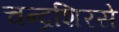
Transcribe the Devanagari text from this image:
चन्द्रशिरसे